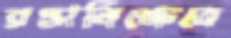
রপ্তানিক্ষেত্রে